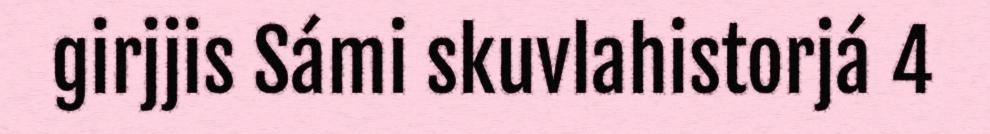
girjjis Sámi skuvlahistorjá 4